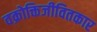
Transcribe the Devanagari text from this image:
वक्रोक्तिजीवितकार